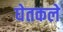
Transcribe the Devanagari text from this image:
घेतकले